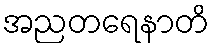
အညတရေနာတိ